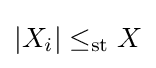
|X_{i}|\leq _{\mathrm {st} }X